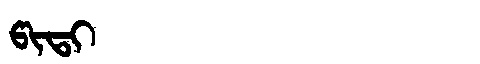
Manchu: ᡦᡳᡨᡳ
Romanization: PITI